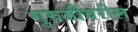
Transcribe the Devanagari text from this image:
गुरुजींवरील